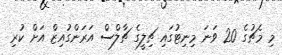
މި މެޗުގެ 20 ވަނަ މިނިޓުގައި ޗިލީގެ ޗާލްސް އަރަންގުއިޒް އަށް ކުރި